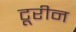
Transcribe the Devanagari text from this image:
टूरीन